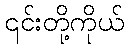
၎င်းတို့ကိုယ်